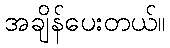
အချိန်ပေးတယ်။